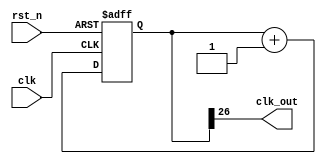
`timescale 1ns / 1ps
//////////////////////////////////////////////////////////////////////////////////
// Company: 
// Engineer: 
// 
// Design Name: 
// Module Name: fcounter
// Project Name: 
// Target Devices: 
// Tool Versions: 
// Description: 
// 
// Dependencies: 
// 
// Revision:
// Revision 0.01 - File Created
// Additional Comments:
// 
//////////////////////////////////////////////////////////////////////////////////


module fd(clk, rst_n, clk_out);
    reg [26:0]q;
    input clk;
    input rst_n;
    output clk_out;
        
    always @(posedge clk or negedge rst_n) begin
        if (~rst_n) q <= 0;
        else q <= q + 1;
    end
    assign clk_out = q[26];
    
endmodule